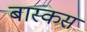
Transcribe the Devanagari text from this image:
बास्कस